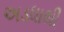
અડધાથી